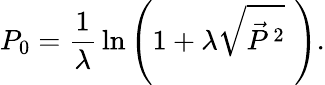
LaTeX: P_{0}={\frac{1}{\lambda}}\ln{\left(1+\lambda\sqrt{{\vec{P}}\, ^{2}}\, \, \right)}.